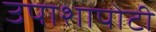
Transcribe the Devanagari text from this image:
उपाशापोटी